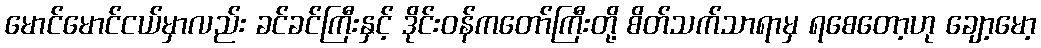
မောင်မောင်ငယ်မှာလည်း ခင်ခင်ကြီးနှင့် ဒိုင်းဝန်ကတော်ကြီးတို့ စိတ်သက်သာရာမှ ရစေတော့ဟု ချော့မော့